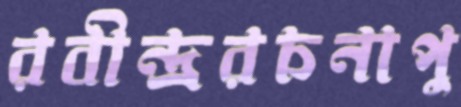
রবীন্দ্ররচনাপু